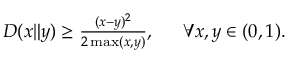
\begin{array} { r l } { D ( x \| y ) \ge \frac { ( x - y ) ^ { 2 } } { 2 \operatorname* { m a x } ( x , y ) } , ~ } & { { } ~ \forall x , y \in ( 0 , 1 ) . } \end{array}